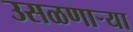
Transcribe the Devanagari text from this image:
उसळणार्‍या